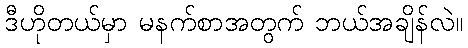
ဒီဟိုတယ်မှာ မနက်စာအတွက် ဘယ်အချိန်လဲ။